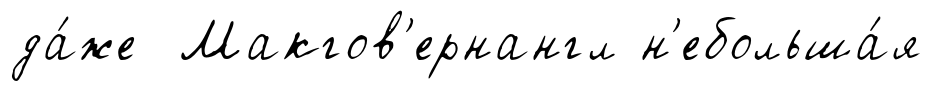
да́же Макгов'ернангл н'ебольша́я